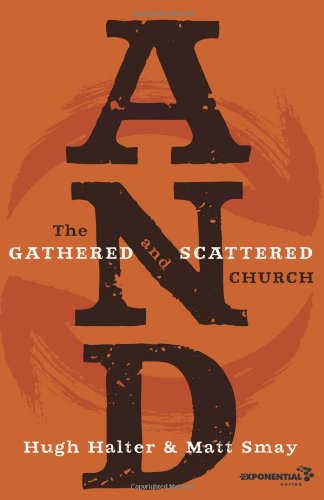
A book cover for AND: The Gathered and Scattered Church (Exponential Series); Hugh Halter; Christian Books & Bibles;